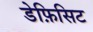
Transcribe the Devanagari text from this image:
डेफ़िसिट